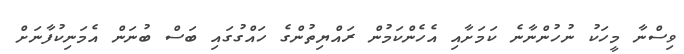
ވިސްނާ މީހަކު ނުހުންނާނެ ކަމަށާއި އެހެންކަމުން ރައްޔިތުންގެ ހައްގުގައި ބަސް ބުނަން އެމަނިކުފާނަށް